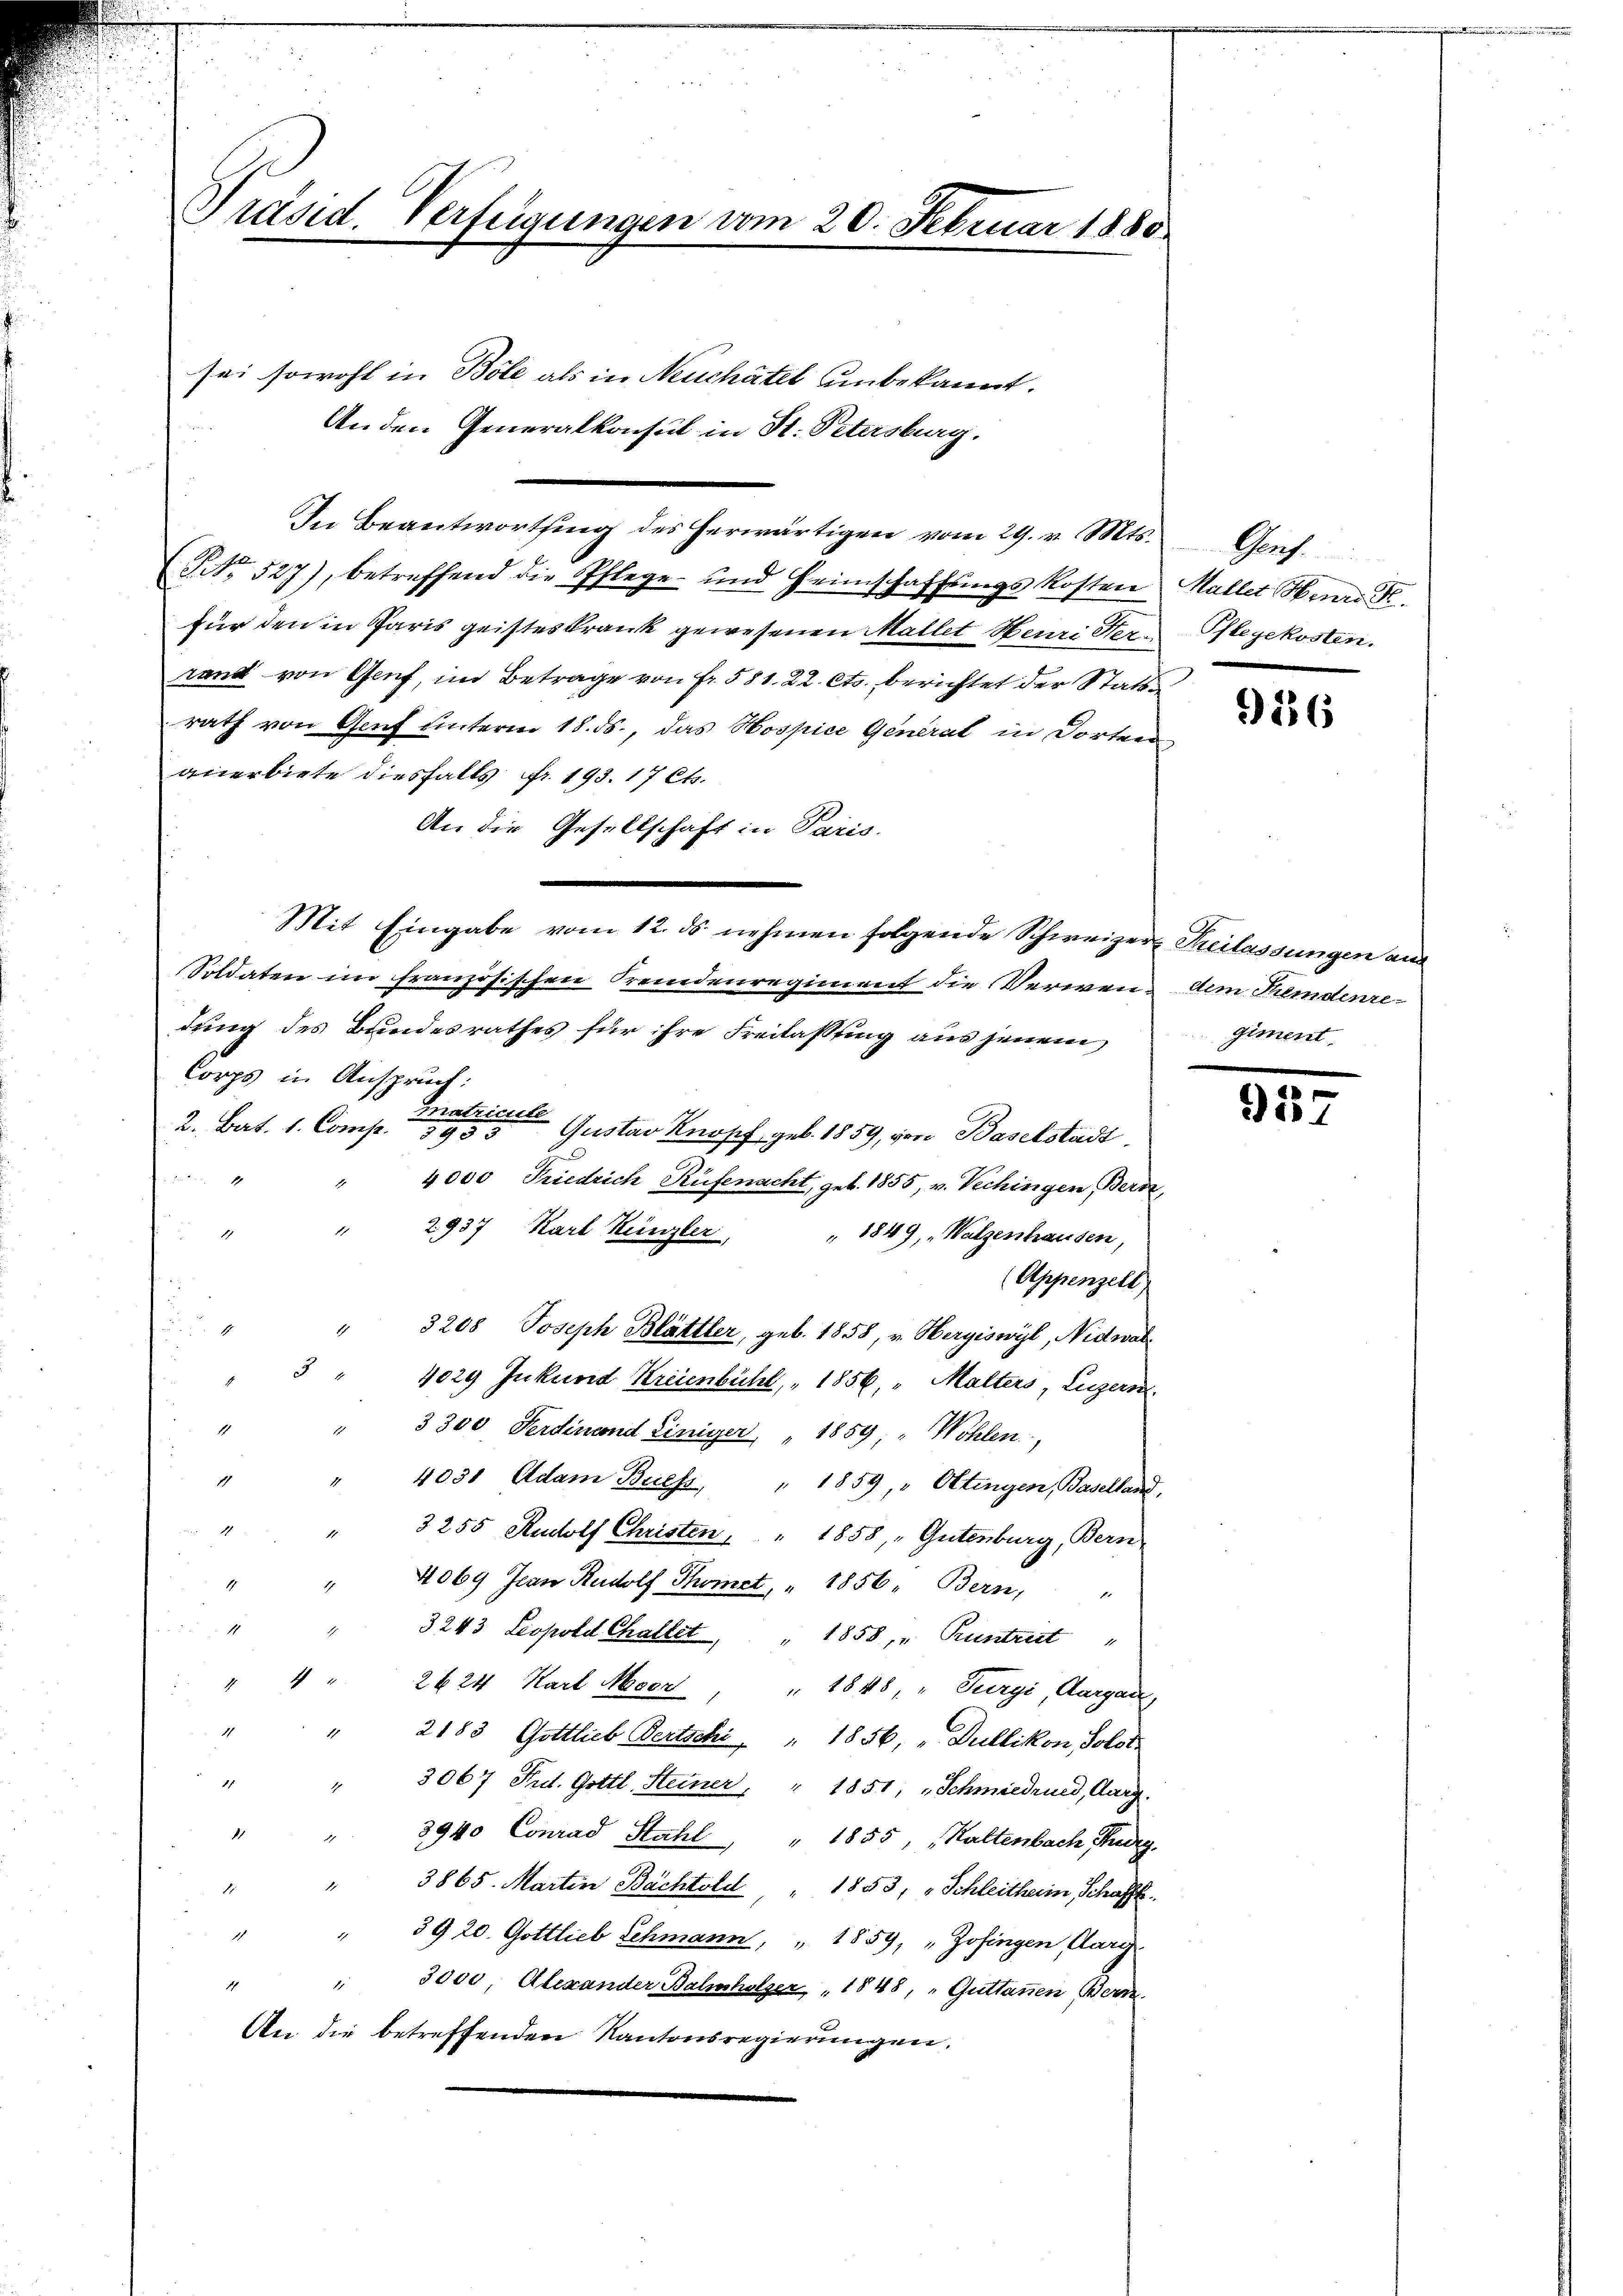
Präsid. Verfügungen vom 20. Februar 1880

sei sowohl in Böle als in Neuchâtel unbekannt.
An den Generalkonsul in St. Petersburg.

In Beantwortung des herwärtigen vom 29. v. Mts. Genf

NNo. 527), betreffend die Pflege und Heimschaffŭngskosten Mallet Herr F.
Für den in Paris geisteskrank gewesenen Mallet Neuri Herrand von Genf, im Betrage von Fr. 581. 22. Cts. berichtet der Stattrath von Genf unterm 18. ds., das Hospice General in Dorten,
anerbiete diesfalls Fr. 193. 17 Cts.
An die Gesellschaft in Paris.
Mit Eingabe vom 12. ds. nehmen folgende Schweizer Freilassungen aus
Soldaten im französischen Fremdenregiment die Verwen¬ dem Hemdenredung des Bundesrathes für ihre Freilassung aus jenem
Corps in Anspruch:
2. Bat. 1. Comp. Gustav Knopf geb. 1859, von Baselstadt

" 4000 Friedrich Rüfenacht, geb. 1855, v. Vechingen Bern,
" 2937, Karl Künzler,
2
" 1849, „Walzenhausen,
(Appenzell
" 3208 Joseph Blättler, geb. 1858, v. Hergiswyl, Nidwal
3
4029 Inkund Kreienbühl, 1856, " Malters, Luzern,
" 3300 Ferdinand Einiger " 1859, " Wohlen,
" 4031 Adam Buchs " 1859, " Ottingen, Baselland,
3255 Rudolf Christen " 1858, „Gutenburg, Bern,
4069 Jean Rudolf Thomet, " 1856, Bern,
1
3243. Leopold Chaltet, " 1858, " Runtreet "
1
2624 Karl Neer
" 1848, " Turgi, Aargau,
" 2183 Gottlieb Bertschi, " 1856, „Dullikon, Solot
" 3067 Tit. Gottl. Steiner, " 1851, Schmiedrund, Aarg.
8940 Conrad Stahl " 1855, "Kaltenbach, Kredig
" 3865. Martin Bächtold " 1853, Schleitherin, Schaffh
" 39 20. Gottlieb Schmann, " 1859, „Zofingen Aarg
1
3000, Alexander Bahnholzer 1848, „Guttanen Bern
1
An die betreffenden Kantonsregierungen.

Pflegekosten.

136

giment.

957